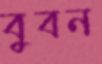
বুবন